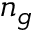
n _ { g }